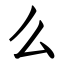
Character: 么